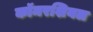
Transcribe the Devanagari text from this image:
कॉमरशियल